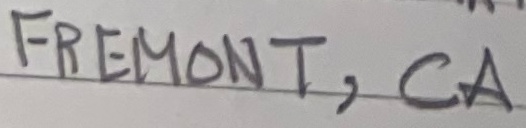
Text: FREMONT, CA